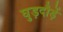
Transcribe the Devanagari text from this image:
घुड़दौड़ें